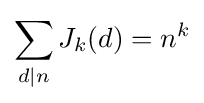
\sum _{d\mid n}J_{k}(d)=n^{k}